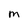
Character: M